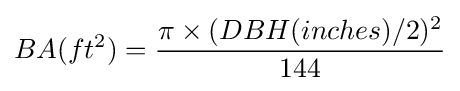
BA(ft^{2})={\frac {\pi \times (DBH(inches)/2)^{2}}{144}}